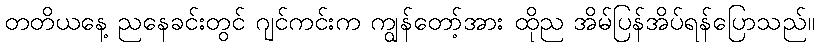
တတိယနေ့ ညနေခင်းတွင် ဂျင်ကင်းက ကျွန်တော့်အား ထိုည အိမ်ပြန်အိပ်ရန်ပြောသည်။